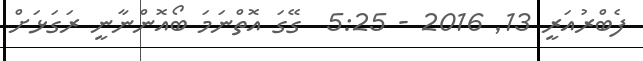
ފެބްރުއަރީ 13